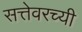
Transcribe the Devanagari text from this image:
सत्तेवरच्यी